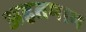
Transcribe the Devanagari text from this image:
अहतमाम